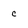
Character: c